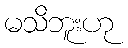
မသိဘူးဟု